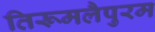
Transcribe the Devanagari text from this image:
तिरूमलैपुरम